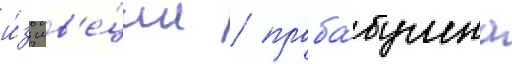
и́з шв'е́ции / праба́бушка